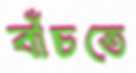
বাঁচতে